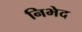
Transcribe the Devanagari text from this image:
निभेद